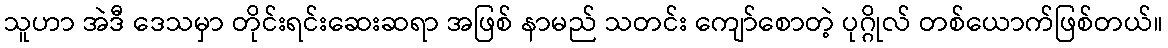
သူဟာ အဲဒီ ဒေသမှာ တိုင်းရင်းဆေးဆရာ အဖြစ် နာမည် သတင်း ကျော်စောတဲ့ ပုဂ္ဂိုလ် တစ်ယောက်ဖြစ်တယ်။